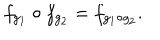
LaTeX: f _ { g _ { 1 } } \circ f _ { g _ { 2 } } = f _ { g _ { 1 } \circ g _ { 2 } } .